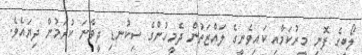
ލޯބީގެ ފޮނި މީރުކަމާއި ކައިވެނީގެ ލައްޒަތުން ދެމީހުންގެ ސިކުނޑި ދީވާނަ ކުރަމުން ދިޔައެވެ.